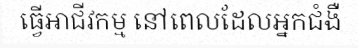
ធ្វើអាជីវកម្ម នៅពេលដែលអ្នកជំងឺ